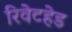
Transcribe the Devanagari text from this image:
रिवेटहेड